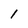
Character: 1